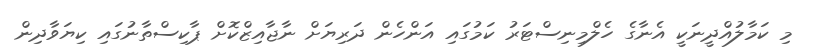
މި ކަމާލުއްދީނަކީ އެނާގެ ހެލްމިނިސްޓަރު ކަމުގައި އަންހެން ދަރިޔަަށް ނާޖާއިޒްކޮށް ޕާކިސްތާނުގައި ކިޔަވާދިން